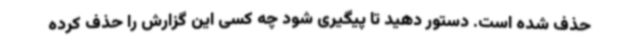
حذف شده است. دستور دهید تا پیگیری شود چه کسی این گزارش را حذف کرده